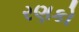
રણકો